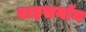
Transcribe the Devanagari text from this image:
वाइसयॉय